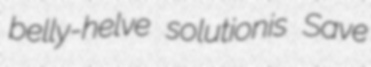
belly-helve solutionis Save